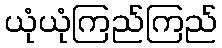
ယုံယုံကြည်ကြည်